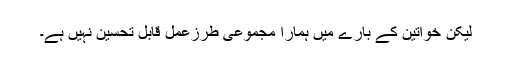
لیکن خواتین کے بارے میں ہمارا مجموعی طرزعمل قابل تحسین نہیں ہے۔